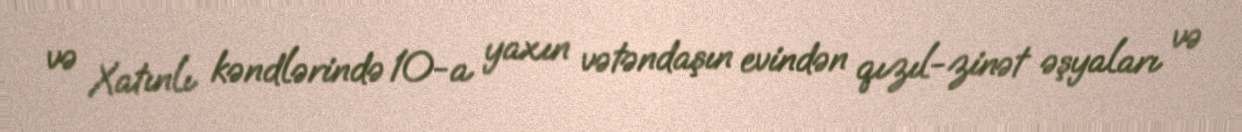
və Xatınlı kəndlərində 10-a yaxın vətəndaşın evindən qızıl-zinət əşyaları və